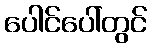
ပေါင်ပေါ်တွင်